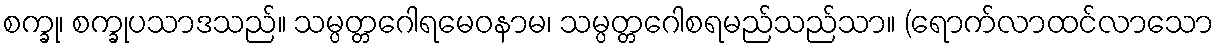
စက္ခု၊ စက္ခုပသာဒသည်။ သမ္ပတ္တဂေါရမေဝနာမ၊ သမ္ပတ္တဂေါစရမည်သည်သာ။ (ရောက်လာထင်လာသော